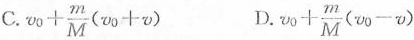
C.$$v _ { 0 } + \frac { m } { M } ( v _ { 0 } + v )$$ D.$$v _ { 0 } + \frac { m } { M } ( v _ { 0 } - v )$$